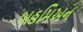
બહમિઅન